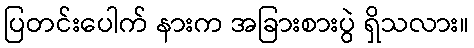
ပြတင်းပေါက် နားက အခြားစားပွဲ ရှိသလား။